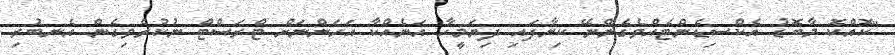
"ކޮއްކޮ މާބޮޑު އެކްސިޑެންޓެއްވެގެންނޭ ކިޔާފައި ދިޔަމީހާ އަނެއްކާ އަހަންނަށް ޓްރަސްޓް ނުކުރެވިގެން އެނބުރި